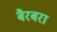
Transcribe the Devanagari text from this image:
बैरबरा